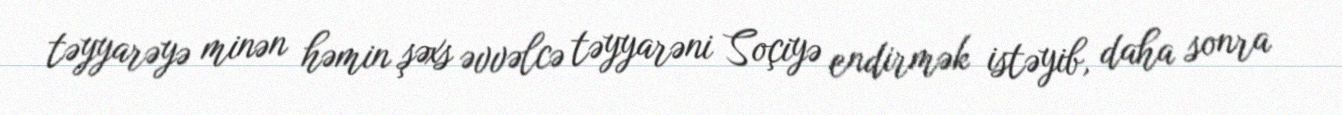
təyyarəyə minən həmin şəxs əvvəlcə təyyarəni Soçiyə endirmək istəyib, daha sonra